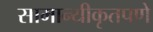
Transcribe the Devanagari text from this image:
सामान्यीकृतपणे